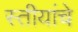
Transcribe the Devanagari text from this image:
स्तीयांचे